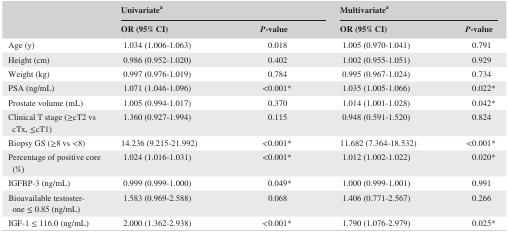
<table><thead><tr><td></td><td colspan="2"><b>Univariatea</b></td><td colspan="2"><b>Multivariatea</b></td></tr><tr><td></td><td><b>OR (95% CI)</b></td><td><b><i>P</i>‐value</b></td><td><b>OR (95% CI)</b></td><td><b><i>P</i>‐value</b></td></tr></thead><tbody><tr><td>Age (y)</td><td>1.034 (1.006‐1.063)</td><td>0.018</td><td>1.005 (0.970‐1.041)</td><td>0.791</td></tr><tr><td>Height (cm)</td><td>0.986 (0.952‐1.020)</td><td>0.402</td><td>1.002 (0.955‐1.051)</td><td>0.929</td></tr><tr><td>Weight (kg)</td><td>0.997 (0.976‐1.019)</td><td>0.784</td><td>0.995 (0.967‐1.024)</td><td>0.734</td></tr><tr><td>PSA (ng/mL)</td><td>1.071 (1.046‐1.096)</td><td>&lt;0.001*</td><td>1.035 (1.005‐1.066)</td><td>0.022*</td></tr><tr><td>Prostate volume (mL)</td><td>1.005 (0.994‐1.017)</td><td>0.370</td><td>1.014 (1.001‐1.028)</td><td>0.042*</td></tr><tr><td>Clinical T stage (≥cT2 vs cTx, ≤cT1)</td><td>1.360 (0.927‐1.994)</td><td>0.115</td><td>0.948 (0.591‐1.520)</td><td>0.824</td></tr><tr><td>Biopsy GS (≥8 vs &lt;8)</td><td>14.236 (9.215‐21.992)</td><td>&lt;0.001*</td><td>11.682 (7.364‐18.532)</td><td>&lt;0.001*</td></tr><tr><td>Percentage of positive core (%)</td><td>1.024 (1.016‐1.031)</td><td>&lt;0.001*</td><td>1.012 (1.002‐1.022)</td><td>0.020*</td></tr><tr><td>IGFBP‐3 (ng/mL)</td><td>0.999 (0.999‐1.000)</td><td>0.049*</td><td>1.000 (0.999‐1.001)</td><td>0.991</td></tr><tr><td>Bioavailable testosterone ≤ 0.85 (ng/mL)</td><td>1.583 (0.969‐2.588)</td><td>0.068</td><td>1.406 (0.771‐2.567)</td><td>0.266</td></tr><tr><td>IGF‐1 ≤ 116.0 (ng/mL)</td><td>2.000 (1.362‐2.938)</td><td>&lt;0.001*</td><td>1.790 (1.076‐2.979)</td><td>0.025*</td></tr></tbody></table>